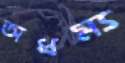
অধম্য